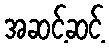
အဆင့်ဆင့်